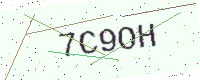
Text: 7C9OH